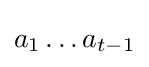
a_{1}\dots a_{t-1}